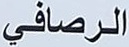
الرصافي